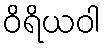
ဝိရိယဝါ